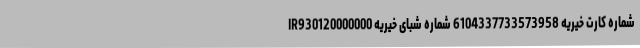
شماره کارت خیریه 6104337733573958 شماره شبای خیریه IR930120000000